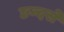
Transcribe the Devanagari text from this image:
छन्दसे